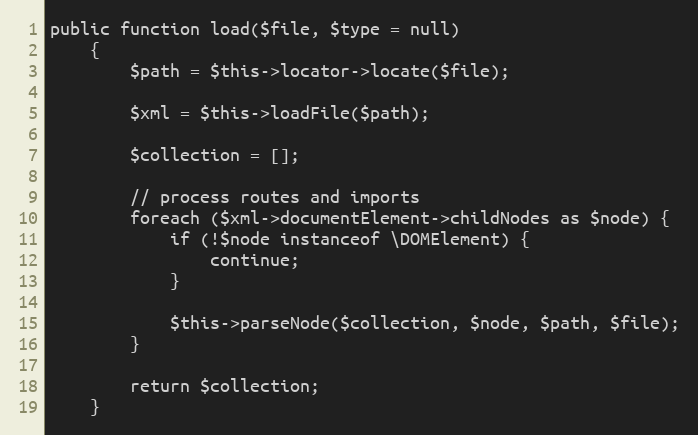
Language: PHP
public function load($file, $type = null)
    {
        $path = $this->locator->locate($file);

        $xml = $this->loadFile($path);

        $collection = [];

        // process routes and imports
        foreach ($xml->documentElement->childNodes as $node) {
            if (!$node instanceof \DOMElement) {
                continue;
            }

            $this->parseNode($collection, $node, $path, $file);
        }

        return $collection;
    }